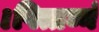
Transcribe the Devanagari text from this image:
।पित्तघ्नं